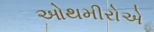
ઓથમીરોએ